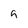
Character: 9